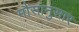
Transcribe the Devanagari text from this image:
मौसानुसार